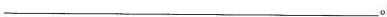
___。